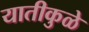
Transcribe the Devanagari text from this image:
यातीकुळे